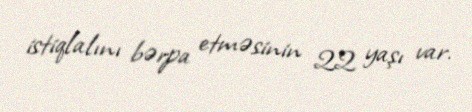
istiqlalını bərpa etməsinin 22 yaşı var.